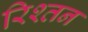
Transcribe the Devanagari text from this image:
रिश्तन